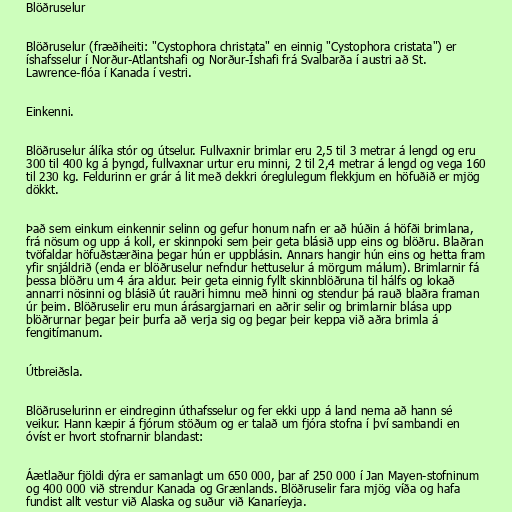
Blöðruselur

Blöðruselur (fræðiheiti: "Cystophora christata" en einnig "Cystophora cristata") er
íshafsselur í Norður-Atlantshafi og Norður-Íshafi frá Svalbarða í austri að St.
Lawrence-flóa í Kanada í vestri.

Einkenni.

Blöðruselur álíka stór og útselur. Fullvaxnir brimlar eru 2,5 til 3 metrar á lengd og eru
300 til 400 kg á þyngd, fullvaxnar urtur eru minni, 2 til 2,4 metrar á lengd og vega 160
til 230 kg. Feldurinn er grár á lit með dekkri óreglulegum flekkjum en höfuðið er mjög
dökkt.

Það sem einkum einkennir selinn og gefur honum nafn er að húðin á höfði brimlana,
frá nösum og upp á koll, er skinnpoki sem þeir geta blásið upp eins og blöðru. Blaðran
tvöfaldar höfuðstærðina þegar hún er uppblásin. Annars hangir hún eins og hetta fram
yfir snjáldrið (enda er blöðruselur nefndur hettuselur á mörgum málum). Brimlarnir fá
þessa blöðru um 4 ára aldur. Þeir geta einnig fyllt skinnblöðruna til hálfs og lokað
annarri nösinni og blásið út rauðri himnu með hinni og stendur þá rauð blaðra framan
úr þeim. Blöðruselir eru mun árásargjarnari en aðrir selir og brimlarnir blása upp
blöðrurnar þegar þeir þurfa að verja sig og þegar þeir keppa við aðra brimla á
fengitímanum.

Útbreiðsla.

Blöðruselurinn er eindreginn úthafsselur og fer ekki upp á land nema að hann sé
veikur. Hann kæpir á fjórum stöðum og er talað um fjóra stofna í því sambandi en
óvíst er hvort stofnarnir blandast:

Áætlaður fjöldi dýra er samanlagt um 650 000, þar af 250 000 í Jan Mayen-stofninum
og 400 000 við strendur Kanada og Grænlands. Blöðruselir fara mjög víða og hafa
fundist allt vestur við Alaska og suður við Kanaríeyja.